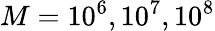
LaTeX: M=10^{6},10^{7},10^{8}